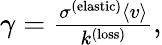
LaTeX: \begin{array}{r}{\gamma=\frac{\sigma^{(\mathrm{elastic})}\langle v\rangle}{k^{(\mathrm{loss})}},}\end{array}